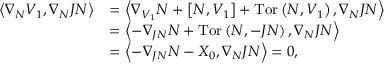
\begin{array} { r l } { \left\langle \nabla _ { N } V _ { 1 } , \nabla _ { N } J N \right\rangle } & { = \left\langle \nabla _ { V _ { 1 } } N + \left[ N , V _ { 1 } \right] + \mathrm { T o r } \left( N , V _ { 1 } \right) , \nabla _ { N } J N \right\rangle } \\ & { = \left\langle - \nabla _ { J N } N + \mathrm { T o r } \left( N , - J N \right) , \nabla _ { N } J N \right\rangle } \\ & { = \left\langle - \nabla _ { J N } N - X _ { 0 } , \nabla _ { N } J N \right\rangle = 0 , } \end{array}